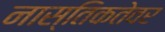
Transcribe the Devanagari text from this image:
नास्तिकतेवर